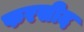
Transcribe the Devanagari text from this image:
फरसीद